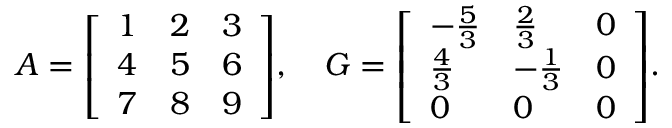
A = { \left[ \begin{array} { l l l } { 1 } & { 2 } & { 3 } \\ { 4 } & { 5 } & { 6 } \\ { 7 } & { 8 } & { 9 } \end{array} \right] } , \quad G = { \left[ \begin{array} { l l l } { - { \frac { 5 } { 3 } } } & { { \frac { 2 } { 3 } } } & { 0 } \\ { { \frac { 4 } { 3 } } } & { - { \frac { 1 } { 3 } } } & { 0 } \\ { 0 } & { 0 } & { 0 } \end{array} \right] } .